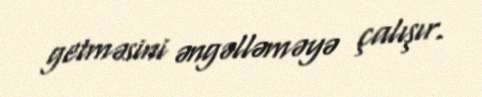
getməsini əngəlləməyə çalışır.